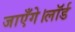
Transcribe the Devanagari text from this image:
जाएँगे।लॉर्ड